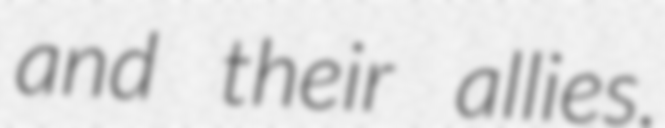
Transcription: and their allies.